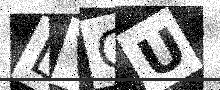
Text: LVGU